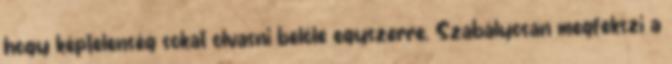
hogy képtelenség sokat olvasni belőle egyszerre. Szabályosan megfekszi a